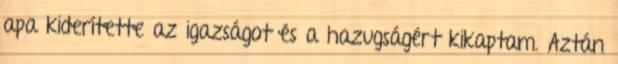
apa kiderítette az igazságot és a hazugságért kikaptam. Aztán